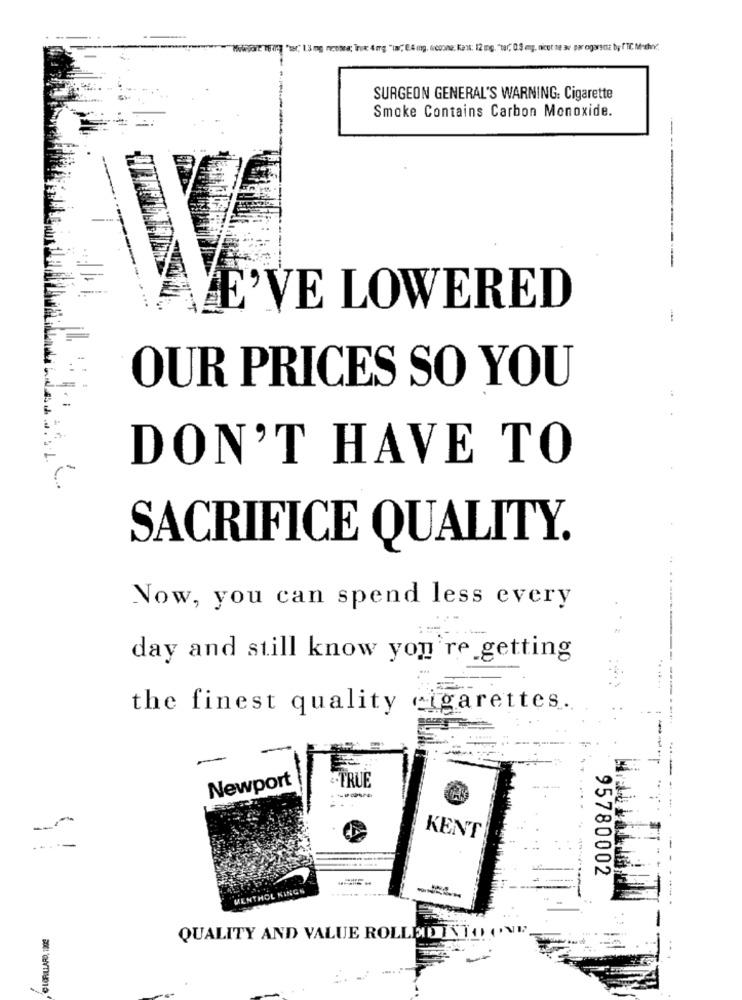
Nowpart 18 og "war" 13 mg nicotina; Trix 4mg "la" 24 ing, eccome, Kant: 12 mg. "tar, 0.3 mg, nicotine 3 par ogarse by TTC Meshow.
SURGEON GENERAL'S WARNING: Cigarette
Smoke Contains Carbon Monoxide.
E'VE LOWERED
OUR PRICES SO YOU
DON'T HAVE TO
SACRIFICE QUALITY.
Now, you can spend less every
: =-
day and still know you're getting
the finest quality cigarettes.
Newport
-TRUE
....-
KENT
95780002
MENTHOL KINGS
QUALITY AND VALUE ROLLEDINTO ONE